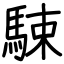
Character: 駷